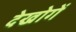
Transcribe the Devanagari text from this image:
देखोगें